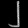
Digit: ၂